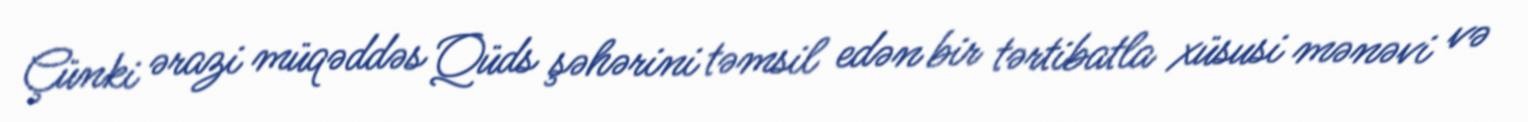
Çünki ərazi müqəddəs Qüds şəhərini təmsil edən bir tərtibatla xüsusi mənəvi və